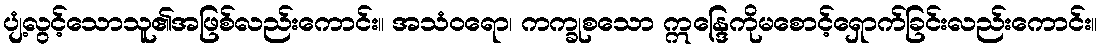
ပျံ့လွင့်သောသူ၏အဖြစ်လည်းကောင်း။ အသံဝရော၊ ကက္ခုစသော ဣန္ဒြေကိုမစောင့်ရှောက်ခြင်းလည်းကောင်း။